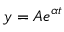
y = A e ^ { \alpha t }